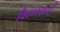
વિદારણની